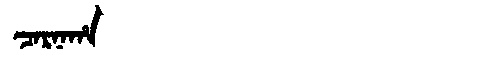
Manchu: ᠴᠠᡵᠨᠠᡥᠠ
Romanization: CARNAHA